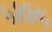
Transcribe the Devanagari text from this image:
५४४५